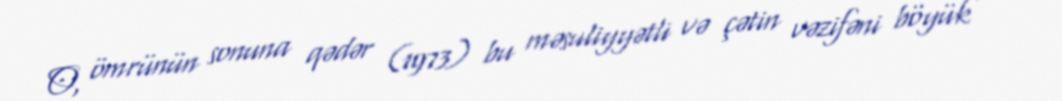
O, ömrünün sonuna qədər (1973) bu məsuliyyətli və çətin vəzifəni böyük